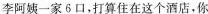
李阿姨一家6口，打算住在这个酒店，你